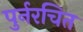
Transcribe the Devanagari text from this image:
पुर्नरचित